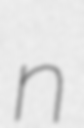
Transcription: n